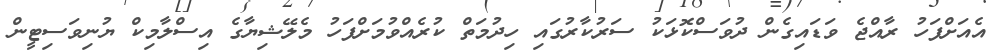
އެއަށްފަހު ރާއްޖެ ވަޑައިގެެން ދުވަސްކޮޅަކު ސަރުކާރުގައި ހިދުމަތް ކުރެއްވުމަށްފަހު މެލޭޝިޔާގެ އިސްލާމިކް ޔުނިވަސިޓީން